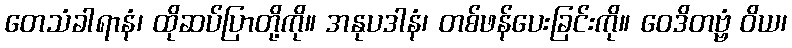
တေသံခါရာနံ၊ ထိုဆပ်ပြာတို့ကို။ အနုပဒါနံ၊ တစ်ဖန်ပေးခြင်းကို။ ဝေဒိတဗ္ဗံ ဝိယ၊